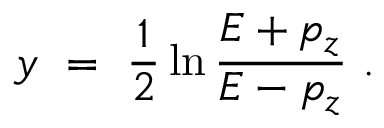
y \ = \ { \frac { 1 } { 2 } } \ln { \frac { E + p _ { z } } { E - p _ { z } } } \ .